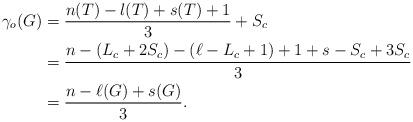
LaTeX: \begin{align*}\gamma_{o}(G) & =\dfrac{n(T)-l(T)+s(T)+1}{3}+S_{c}\\& =\dfrac{n-(L_{c}+2S_{c})-\left( \ell-L_{c}+1\right) +1+s-S_{c}+3S_{c}}{3}\\& =\frac{n-\ell(G)+s(G)}{3}.\end{align*}